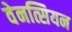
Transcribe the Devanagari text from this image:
वेनत्सियन